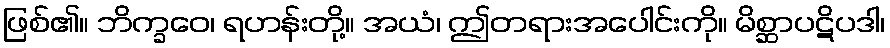
ဖြစ်၏။ ဘိက္ခဝေ၊ ရဟန်းတို့။ အယံ၊ ဤတရားအပေါင်းကို။ မိစ္ဆာပဋိပဒါ၊